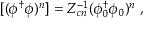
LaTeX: [ ( \phi ^ { \dagger } \phi ) ^ { n } ] = Z _ { c n } ^ { - 1 } ( \phi _ { 0 } ^ { \dagger } \phi _ { 0 } ) ^ { n } \; ,